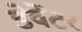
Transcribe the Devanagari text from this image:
डेवेंटर